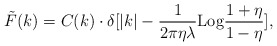
\begin{align*}\tilde F(k)= C(k)\cdot \delta[|k|-{1\over{2\pi \eta \lambda}}{\rm Log}{{1+\eta}\over {1-\eta}}],\end{align*}